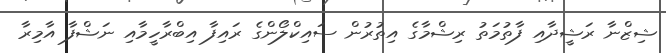
ޝިޒްނާ ރަޝީދާއި ފާތުމަތު ރިޝްމާގެ އިތުރުން ސައިކްލޯންގެ ރައިފާ އިބްރާހީމާއި ނަޝްފާ އާމިރާ